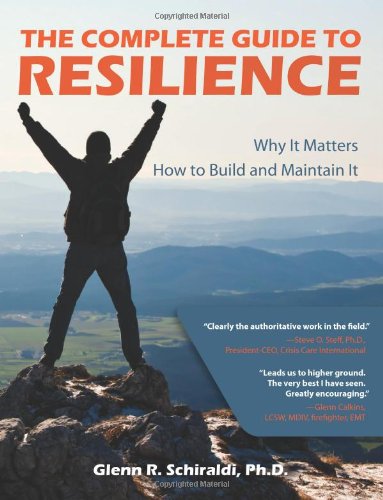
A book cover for The Complete Guide to Resilience; Glenn R. Schiraldi; Medical Books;